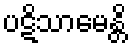
ပဋိသာမေန္တိ